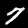
Label: 7